Annual report on the working of the mental hospitals in the Madras Presidency - 1912-1932
Year: 1912
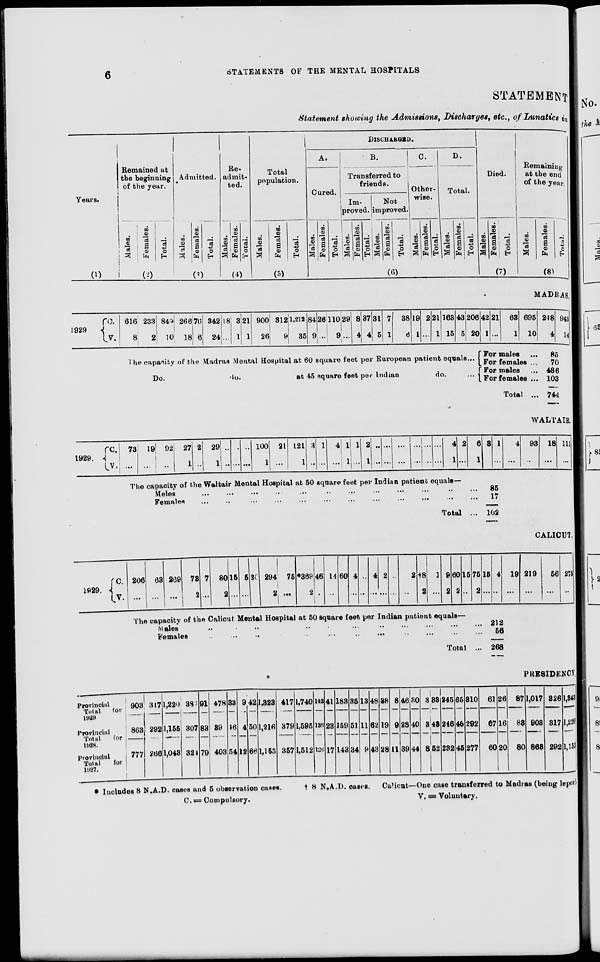
6
STATEMENTS OF THE MENTAL HOSPITALS
STATEMENT
Statement showing the Admissions, Discharges, etc., of Lunatics in
Years.
(1)
Remained at
the beginning
of the year.
Males.
Females.
Total.
(2)
Admitted.
Males.
Females.
Total.
(3)
Re-
admit-
ted.
Males.
Females.
Total.
(4)
Total
population.
Males.
Females.
Total.
(5)
DISCHARGED.
A.
Cured.
Males.
Females.
Total.
B.
Transferred to
friends.
Im-
proved.
Males.
Females.
Total.
Not
improved.
Males.
Females.
Total.
C.
Other-
wise.
Males.
Females.
Total.
D.
Total.
Males.
Females.
Total.
(6)
Died.
Males.
Females.
Total.
(7)
Remaining
at the end
of the year.
Males.
Females.
Total.
(8)
MADRAS.
1929
C.
V.
616
8
233
2
849
10
266
18
76
6
342
24
18
...
3
1
21
1
900
26
312
9
1,212
35
84
9
26
...
110
9
29
...
8
4
37
4
31
5
7
1
38
6
19
1
2
...
21
1
163
15
43
5
206
20
The capacity of the Madras Mental Hospital at 60 square feet per European patient equals...
Do.
do.
at 45 square feet per Indian
do. ...
42
1
21
...
63
1
695
10
For males ...
For females ...
For males ...
For females ...
Total ...
248
4
943
14
85
70
486
103
744
WALTAIR.
1929.
C.
V.
73
...
19
...
92
...
27
1
2
...
29
1
...
...
...
...
...
...
100
1
21
...
121
1
3
...
1
...
4
...
1
1
1
...
2
1
...
...
...
...
...
...
...
...
...
...
...
...
4
1
2
...
6
1
3
...
1
...
4
...
93
...
18
...
111
...
The capacity of the Waltair Mental Hospital at 50 square feet per Indian patient equals—
Males ... ... ... ... ... ... ... ... ... ... ... ...
Females ... ... ... ... ... ... ... ... ... ... ... ...
Total ...
85
17
102
CALICUT.
1929.
C.
V.
206
...
63
...
269
...
73
2
7
...
80
2
15
...
5
...
20
...
294
2
75
...
*369
2
46
...
14
...
60
...
4
...
...
...
4
...
2
...
...
...
2
...
†8
2
1
...
9
2
60
2
15
...
75
2
15
...
4
...
19
...
219
...
56
...
275
...
The capacity of the Calicut Mental Hospital at 50 square feet, per Indian patient equals—
Males ... ... ... ... ... ... ... ... ... ... ... ...
Females ... ... ... ... ... ... ... ... ... ... ... ...
Total ...
212
56
268
PRESIDENCY
Provincial
Total
for
1929
Provincial
Total
for
1928.
Provincial
Total
for
1927.
903
863
777
317
292
266
1,220
1,155
1,043
387
307
324
91
83
79
478
39
403
33
46
54
9
4
12
42
50
66
1,323
1,216
1,155
417
379
357
1,740
1,595
1,512
142
136
126
41
23
17
183
159
143
35
51
34
13
11
9
48
62
43
38
19
28
8
9
11
46
28
39
30
40
44
3
3
8
33
43
52
245
246
232
65
46
45
310
292
277
61
67
60
26
16
20
87
83
80
1,017
903
863
326
317
292
1,343
1,220
1,155
* Includes 8 N.A.D. cases and 5 observation cases.
†
8 N.A.D. cases. Calicut—One case transferred to Madras (being leper).
C. = Compulsory.
V.
=
Voluntary.